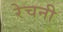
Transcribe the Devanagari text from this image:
रेचनी